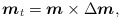
\begin{align*}\mbox{\mathversion{bold}$m$}_{t}=\mbox{\mathversion{bold}$m$}\times \Delta \mbox{\mathversion{bold}$m$},\end{align*}